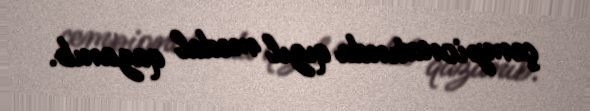
çempionatında qızıl medal qazanıb.